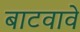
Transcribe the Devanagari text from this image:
बाटवावे